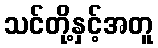
သင်တို့နှင့်အတူ